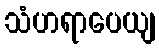
သံဟရာပေယျ